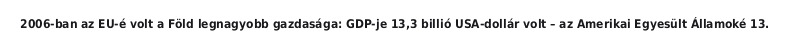
2006-ban az EU-é volt a Föld legnagyobb gazdasága: GDP-je 13,3 billió USA-dollár volt – az Amerikai Egyesült Államoké 13.